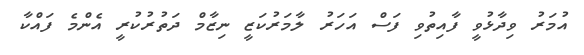
އުމަރު ވިދާޅުވީ ފާއިތުވި ފަސް އަހަރު ލާމަރުކަޒީ ނިޒާމް ދަތުރުކުރީ އެންމެ ފައްކާ